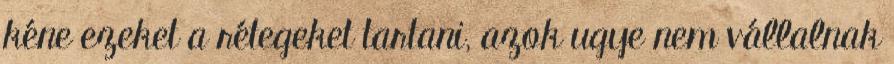
kéne ezeket a rétegeket tartani, azok ugye nem vállalnak